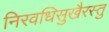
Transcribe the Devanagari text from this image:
निरवधिसुखैरस्तु